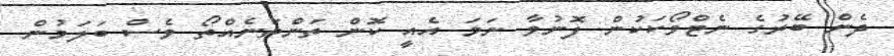
ދެން ބޭރުގެ ނެޓްވޯކަކުން ފޮނުވާ ނަމަ އެއީ ކޮން ތަންތަނެއްތޯ ވެސް ބަލަމުން